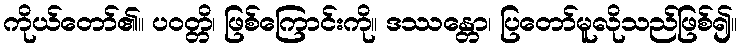
ကိုယ်တော်၏။ ပဝတ္တိ၊ ဖြစ်ကြောင်းကို။ ဒဿန္တော၊ ပြတော်မူလိုသည်ဖြစ်၍။